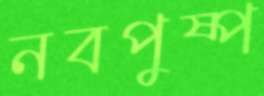
নবপুষ্প